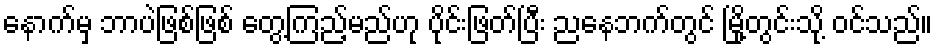
နောက်မှ ဘာပဲဖြစ်ဖြစ် တွေ့ကြည့်မည်ဟု ပိုင်းဖြတ်ပြီး ညနေဘက်တွင် မြို့တွင်းသို့ ဝင်သည်။